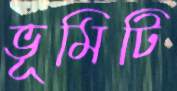
ভূমিটি